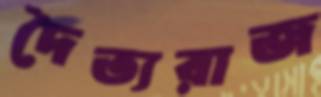
দৈত্যরাজ